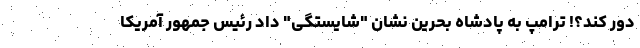
دور کند؟! ترامپ به پادشاه بحرین نشان "شایستگی" داد رئیس جمهور آمریکا